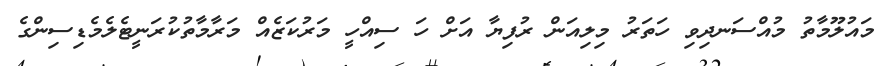
މައުލޫމާތު މުއްސަނދިވި ހަތަރު މިލިއަން ރުފިޔާ އަށް ހަ ސިއްހީ މަރުކަޒެއް މަރާމާތުކުރަނީޓެލެމެޑިސިންގެ